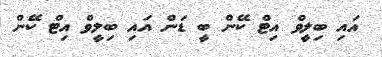
އައި ބިލީވް އިޓް ކޭން ބީ ޑަން އައި ބިލީވް އިޓް ކޭން